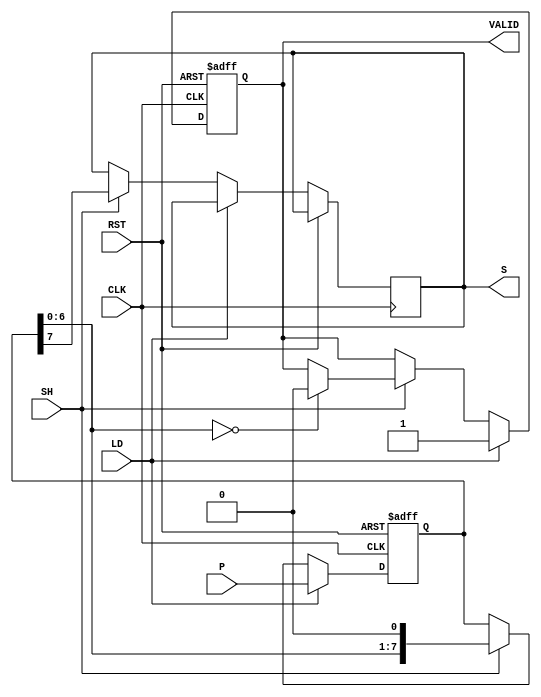
module dynamic_piso #(
    parameter N = 8  // Width of the register (number of bits)
)(
    input wire [N-1:0] P,    // Parallel input
    input wire LD,           // Load control signal
    input wire SH,           // Shift control signal
    input wire CLK,          // Clock signal
    input wire RST,          // Reset signal
    output reg S,            // Serial output
    output reg VALID         // Valid output signal
);

    reg [N-1:0] register;    // Storage for parallel data

    // Asynchronous reset and data loading
    always @(posedge CLK or posedge RST) begin
        if (RST) begin
            register <= {N{1'b0}}; // Clear the register
            VALID <= 1'b0;         // Set VALID low when reset
        end else if (LD) begin
            register <= P;         // Load parallel data
            VALID <= 1'b1;         // Indicate valid data loaded
        end else if (SH) begin
            // Shift operation
            S <= register[N-1];     // Output the most significant bit
            register <= {register[N-2:0], 1'b0}; // Shift left
            if (register[N-2:0] == {N-1{1'b0}}) begin
                VALID <= 1'b0;     // Set VALID low when shifting is done
            end
        end
    end

endmodule